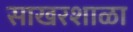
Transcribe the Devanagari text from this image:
साखरशाळा